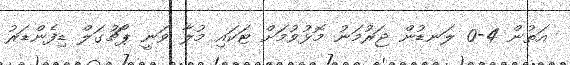
އަތުން 4-0 ލަނޑުން ޖަރުމަނު މޮޅުވުމަށް ޓަކައި މުލާ ވަނީ ޕޯޗުގަލް ޑިފެންޑަރު